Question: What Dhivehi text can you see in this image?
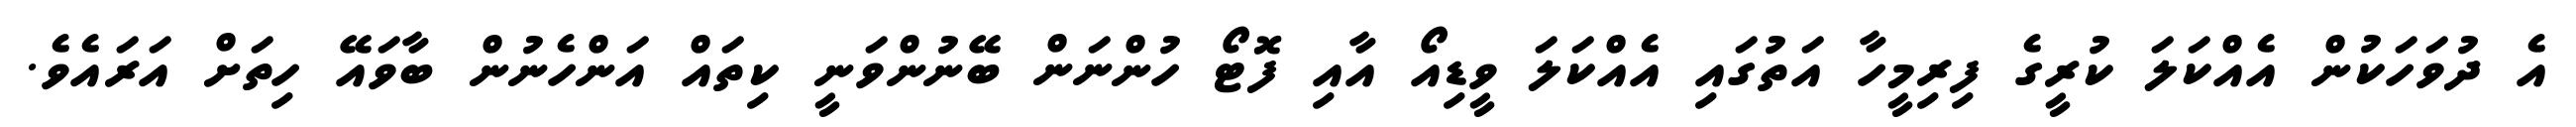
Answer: އެ ދުވަހަކުން އެއްކަލަ ކުރީގެ ފިރިމީހާ އަތުގައި އެއްކަލަ ވީޑިއޯ އާއި ފޮޓޯ ހުންނަން ބޭނުންވަނީ ކިތައް އަންހެނުން ބާވައޭ ހިތަށް އަރައެވެ.